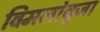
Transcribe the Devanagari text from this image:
विमलांबुजा